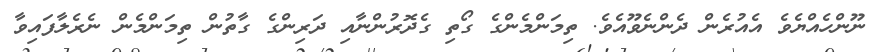
ނޫންހެއްޔެވެ އެއުރެން ދެންނެވޫއެވެ. ތިމަންމެންގެ ގޯތި ގެދޮރުންނާއި ދަރިންގެ ގާތުން ތިމަންމެން ނެރެލާފައިވާ